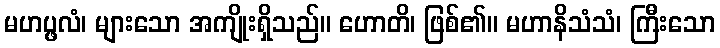
မဟပ္ဖလံ၊ များသော အကျိုးရှိသည်။ ဟောတိ၊ ဖြစ်၏။ မဟာနိသံသံ၊ ကြီးသော